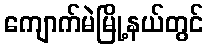
ကျောက်မဲမြို့နယ်တွင်